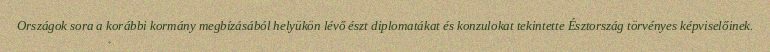
Országok sora a korábbi kormány megbízásából helyükön lévő észt diplomatákat és konzulokat tekintette Észtország törvényes képviselőinek.